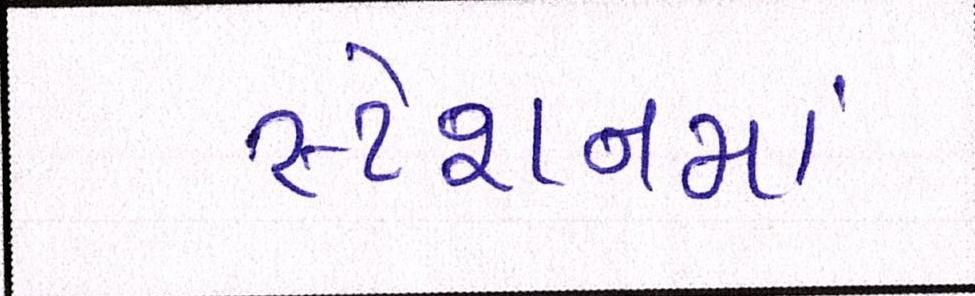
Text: સ્ટેશનમાં